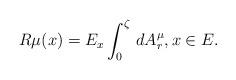
LaTeX: \begin{align*}R\mu(x)=E_x\int_0^\zeta \,dA^\mu_r,x\in E.\end{align*}